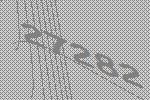
27282